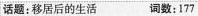
话题:移居后的生活 词数:177